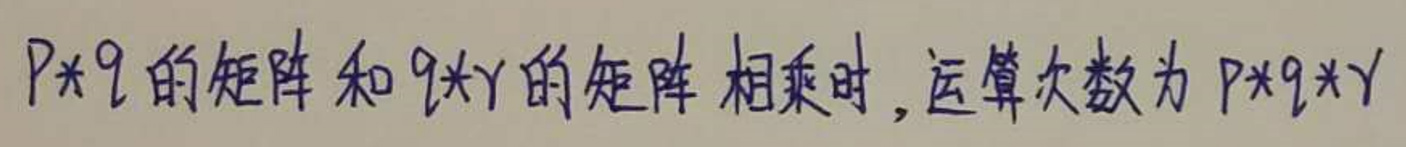
$p\times q $的矩阵和$ q\times r $的矩阵相乘时, 运算次数为$ p\times q\times r$